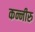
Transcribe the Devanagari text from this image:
कन्नीरु